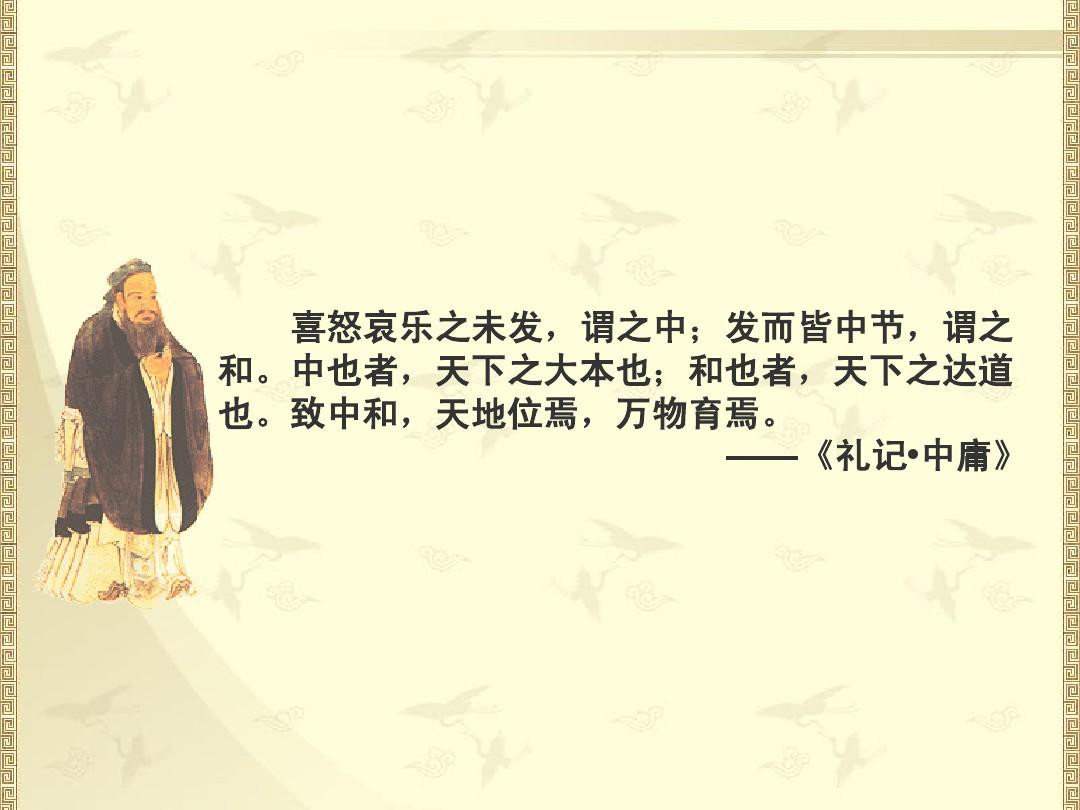
中也者，天下之大本也。和也者，天下之达道也。